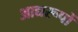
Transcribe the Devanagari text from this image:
आद्यरूपों